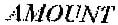
AMOUNT